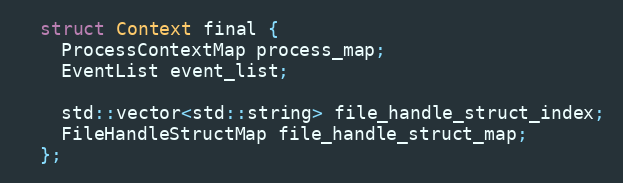
Language: C
  struct Context final {
    ProcessContextMap process_map;
    EventList event_list;

    std::vector<std::string> file_handle_struct_index;
    FileHandleStructMap file_handle_struct_map;
  };